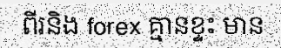
ពីរនិង forex គ្មានខ្ទះ មាន